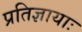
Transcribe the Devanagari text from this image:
प्रतिज्ञायाः